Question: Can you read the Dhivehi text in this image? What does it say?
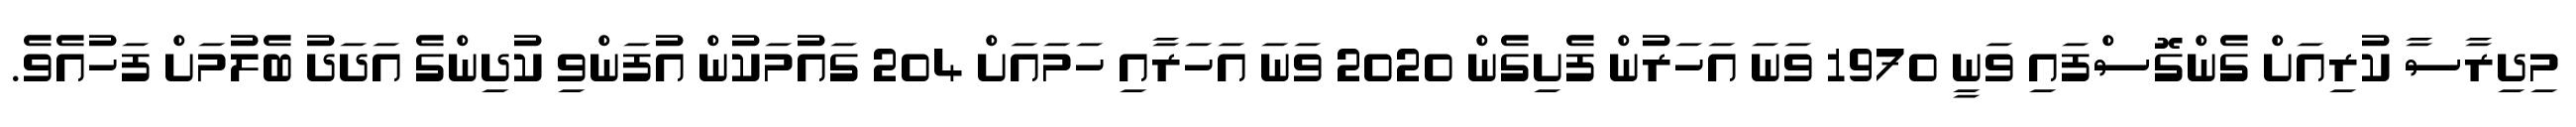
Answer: މިދިރާސާ ކުރިއަށް ގެންގޮސްފައި ވަނީ 1970 ވަނަ އަހަރުން ފެށިގެން 2020 ވަނަ އަހަރާއި ހަމައަށް 204 ގައުމަކުން އުފަންވި ކުދިންގެ އަދަދު ބެލުމަށް ފަހުއެވެ.